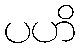
ပဟိ